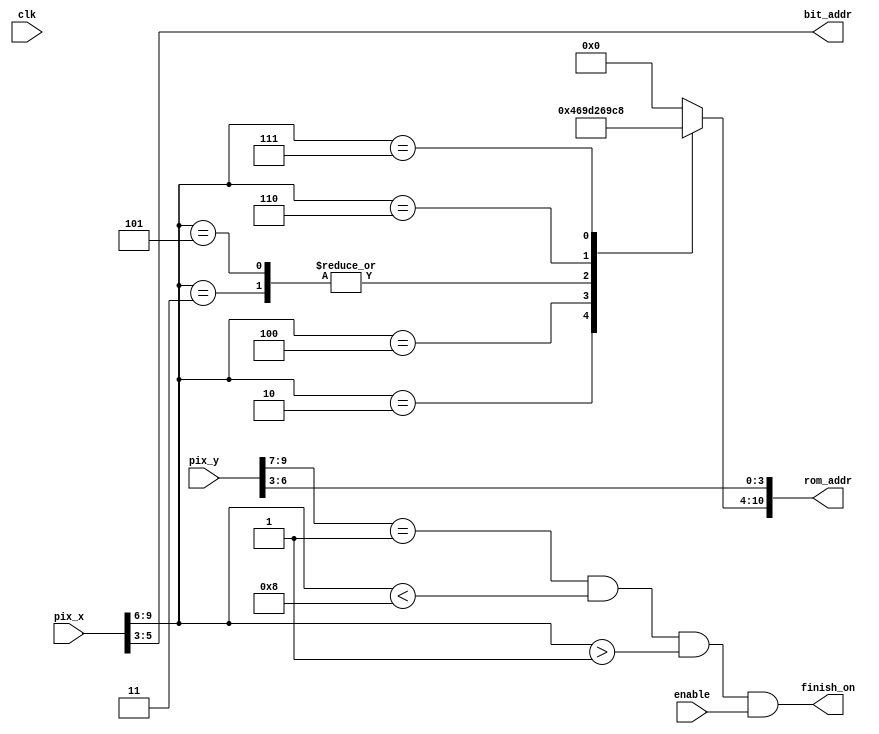
`timescale 1ns / 1ps


module finish(
input wire clk, enable,
input wire [9:0] pix_x, pix_y,
output wire finish_on,
output wire [2:0] bit_addr,
output wire [10:0] rom_addr);


wire [3:0] row_addr;
reg [6:0] char_addr;

assign row_addr = pix_y [6:3];
assign bit_addr = pix_x [5:3];
assign rom_addr = {char_addr, row_addr};
assign finish_on = (pix_y [9: 7] ==1) && (pix_x [9: 6] <8)
                     && (pix_x [9: 6] >1) && enable;
 
always @*
case (pix_x [9:6])
4'h2: char_addr = 7'h46; // F
4'h3: char_addr = 7'h49; // I
4'h4: char_addr = 7'h4E; // N
4'h5: char_addr = 7'h49; // I
4'h6: char_addr = 7'h53; // S
4'h7: char_addr = 7'h48; // H
default: char_addr = 7'h00; // 
endcase

endmodule